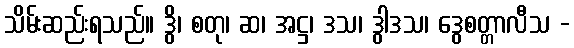
သိမ်းဆည်းရသည်။ ဒွိ၊ စတု၊ ဆ၊ အဋ္ဌ၊ ဒသ၊ ဒွါဒသ၊ ဒွေစတ္တာလီသ -